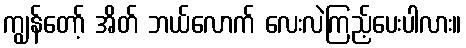
ကျွန်တော့် အိတ် ဘယ်လောက် လေးလဲကြည့်ပေးပါလား။